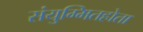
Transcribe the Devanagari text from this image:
संयुग्मितहोता